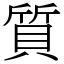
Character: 質